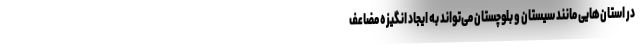
در استان‌هایی مانند سیستان و بلوچستان می‌تواند به ایجاد انگیزه مضاعف